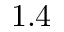
1 . 4